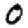
Digit: 0